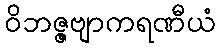
ဝိဘဇ္ဇဗျာကရဏီယံ